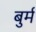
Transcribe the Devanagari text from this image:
बुर्म